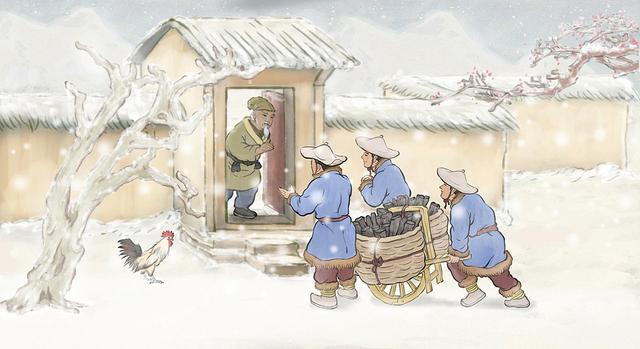
上之所以使下者，一物也下之所以事上者，一术也。